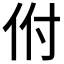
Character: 𬽵